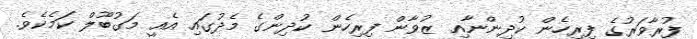
ފުރާވަރުގެ ފިރިހެން ކުދިންނާއި ޒުވާން ފިރިހެން ކުދިންގެ މެދުގައި އެއީ މަގުބޫލް ކަމެކެވެ.